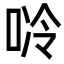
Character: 唥